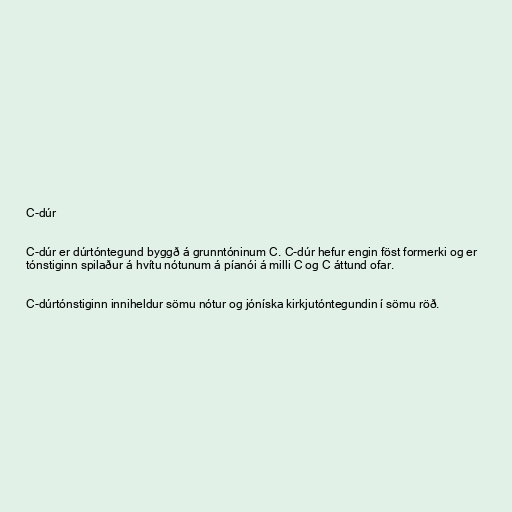
C-dúr

C-dúr er dúrtóntegund byggð á grunntóninum C. C-dúr hefur engin föst formerki og er
tónstiginn spilaður á hvítu nótunum á píanói á milli C og C áttund ofar.

C-dúrtónstiginn inniheldur sömu nótur og jóníska kirkjutóntegundin í sömu röð.